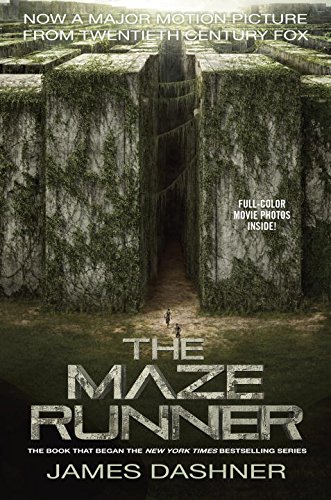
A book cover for The Maze Runner Movie Tie-In Edition (Maze Runner, Book One) (The Maze Runner Series); James Dashner; Teen & Young Adult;